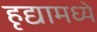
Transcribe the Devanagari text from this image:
हृद्यामध्ये